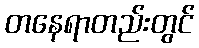
တနေရာတည်းတွင်